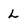
Character: L